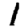
Digit: 1